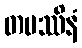
တပဿိနံ